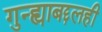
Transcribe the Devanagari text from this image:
गुन्ह्याबद्दलही